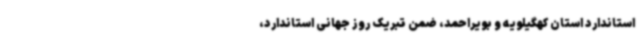
استاندارد استان کهگیلویه و بویراحمد، ضمن تبریک روز جهانی استاندارد،